Indian journal of veterinary science and animal husbandry - Volumes 15-17, 1948-1951
Year: 1948
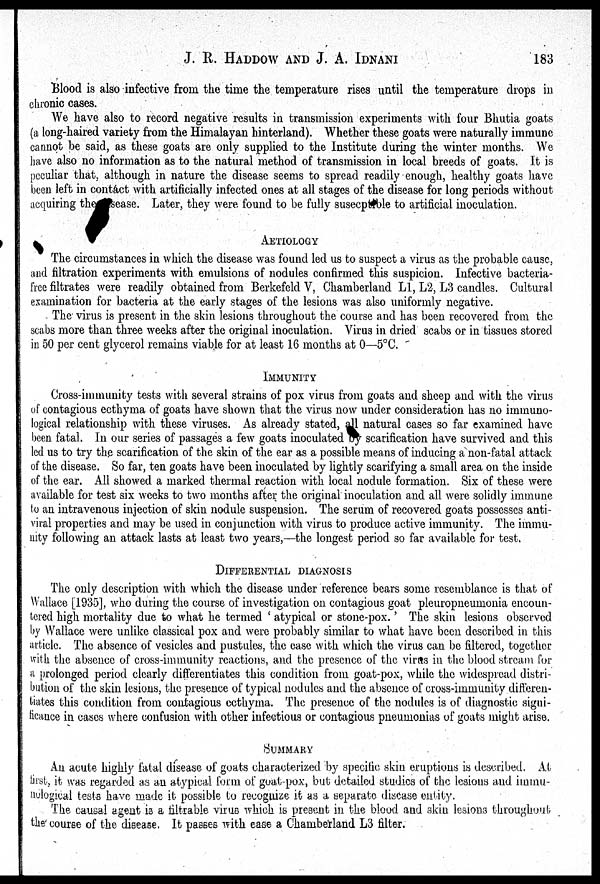
J. R. HADDOW AND J. A. IDNANI 183
Blood is also infective from the time the temperature rises until the temperature drops in
chronic cases.
We have also to record negative results in transmission experiments with four Bhutia goats
(a long-haired variety from the Himalayan hinterland). Whether these goats were naturally immune
cannot be said, as these goats are only supplied to the Institute during the winter months. We
have also no information as to the natural method of transmission in local breeds of goats. It is
peculiar that, although in nature the disease seems to spread readily enough, healthy goats have
been left in contact with artificially infected ones at all stages of the disease for long periods without
acquiring the disease. Later, they were found to be fully susecp ble to artificial inoculation.
AETIOLOGY
The circumstances in which the disease was found led us to suspect a virus as the probable cause,
and filtration experiments with emulsions of nodules confirmed this suspicion. Infective bacteria-
free filtrates were readily obtained from Berkefeld V, Chamberland L1, L2, L3 candles. Cultural
examination for bacteria at the early stages of the lesions was also uniformly negative.
The virus is present in the skin lesions throughout the course and has been recovered from the
scabs more than three weeks after the original inoculation. Virus in dried scabs or in tissues stored
in 50 per cent glycerol remains viable for at least 16 months at 0—5°C.
IMMUNITY
Cross-immunity tests with several strains of pox virus from goats and sheep and with the virus
of contagious ecthyma of goats have shown that the virus now under consideration has no immuno-
logical relationship with these viruses. As already stated, all natural cases so far examined have
been fatal. In our series of passages a few goats inoculated by scarification have survived and this
led us to try the scarification of the skin of the ear as a possible means of inducing a non-fatal attack
of the disease. So far, ten goats have been inoculated by lightly scarifying a small area on the inside
of the ear. All showed a marked thermal reaction with local nodule formation. Six of these were
available for test six weeks to two months after the original inoculation and all were solidly immune
to an intravenous injection of skin nodule suspension. The serum of recovered goats possesses anti-
viral properties and may be used in conjunction with virus to produce active immunity. The immu-
nity following an attack lasts at least two years,—the longest period so far available for test.
DIFFERENTIAL DIAGNOSIS
The only description with which the disease under reference bears some resemblance is that of
Wallace [1935], who during the course of investigation on contagious goat pleuropneumonia encoun-
tered high mortality due to what he termed ' atypical or stone-pox.' The skin lesions observed
by Wallace were unlike classical pox and were probably similar to what have been described in this
article. The absence of vesicles and pustules, the case with which the virus can be filtered, together
with the absence of cross-immunity reactions, and the presence of the virus in the blood stream for
a prolonged period clearly differentiates this condition from goat-pox, while the widespread distri-
bution of the skin lesions, the presence of typical nodules and the absence of cross-immunity differen-
tiates this condition from contagious ecthyma. The presence of the nodules is of diagnostic signi-
ficance in cases where confusion with other infectious or contagious pneumonias of goats might arise.
SUMMARY
An acute highly fatal disease of goats characterized by specific skin eruptions is described. At
first, it was regarded as an atypical form of goat-pox, but detailed studies of the lesions and immu-
nological tests have made it possible to recognize it as a separate disease entity.
The causal agent is a filtrable virus which is present in the blood and skin lesions throughout
the course of the disease. It passes with ease a Chamberland L3 filter.